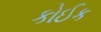
કોઈક